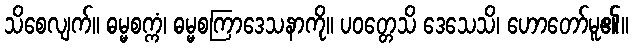
သိစေလျက်။ ဓမ္မစက္ကံ၊ ဓမ္မစကြာဒေသနာကို။ ပဝတ္တေသိ ဒေသေသိ၊ ဟောတော်မူ၏။